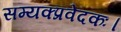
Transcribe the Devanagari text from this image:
सम्यक्प्रवेदकः।